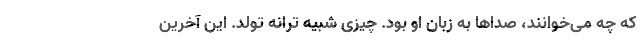
که چه می‌خوانند، صداها به زبان او بود. چیزی شبیه ترانه تولد. این آخرین